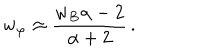
LaTeX: w _ { \varphi } \approx \frac { w _ { B } \alpha - 2 } { \alpha + 2 } \, .